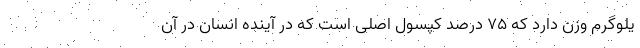
یلوگرم وزن دارد که ۷۵ درصد کپسول اصلی است که در آینده انسان در آن